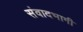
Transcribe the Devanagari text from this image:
संवादभागी